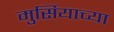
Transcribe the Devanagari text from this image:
मुर्सियाच्या